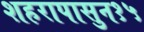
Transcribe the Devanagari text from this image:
शहरापासुन१५